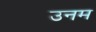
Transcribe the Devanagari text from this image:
उनम